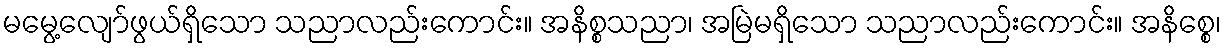
မမွေ့လျော်ဖွယ်ရှိသော သညာလည်းကောင်း။ အနိစ္စသညာ၊ အမြဲမရှိသော သညာလည်းကောင်း။ အနိစ္စေ၊